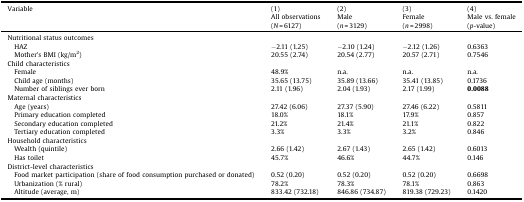
| Variable | (1)All observations | (2)Male | (3)Female | (4)Male vs. female |
 |  | (N = 6127) | (n = 3129) | (n = 2998) | (p-value) |
 | --- | --- | --- | --- | --- |
 | Nutritional status outcomes |  |  |  |  |
 | HAZ | −2.11 (1.25) | −2.10 (1.24) | −2.12 (1.26) | 0.6363 |
 | Mother’s BMI (kg/m2) | 20.55 (2.74) | 20.54 (2.77) | 20.57 (2.71) | 0.7546 |
 | Child characteristics |  |  |  |  |
 | Female | 48.9% | n.a. | n.a. | n.a. |
 | Child age (months) | 35.65 (13.75) | 35.89 (13.66) | 35.41 (13.85) | 0.1736 |
 | Number of siblings ever born | 2.11 (1.96) | 2.04 (1.93) | 2.17 (1.99) | 0.0088 |
 | Maternal characteristics |  |  |  |  |
 | Age (years) | 27.42 (6.06) | 27.37 (5.90) | 27.46 (6.22) | 0.5811 |
 | Primary education completed | 18.0% | 18.1% | 17.9% | 0.857 |
 | Secondary education completed | 21.2% | 21.4% | 21.1% | 0.822 |
 | Tertiary education completed | 3.3% | 3.3% | 3.2% | 0.846 |
 | Household characteristics |  |  |  |  |
 | Wealth (quintile) | 2.66 (1.42) | 2.67 (1.43) | 2.65 (1.42) | 0.6013 |
 | Has toilet | 45.7% | 46.6% | 44.7% | 0.146 |
 | District-level characteristics |  |  |  |  |
 | Food market participation (share of food consumption purchased or donated) | 0.52 (0.20) | 0.52 (0.20) | 0.52 (0.20) | 0.6698 |
 | Urbanization (% rural) | 78.2% | 78.3% | 78.1% | 0.863 |
 | Altitude (average, m) | 833.42 (732.18) | 846.86 (734.87) | 819.38 (729.23) | 0.1420 |